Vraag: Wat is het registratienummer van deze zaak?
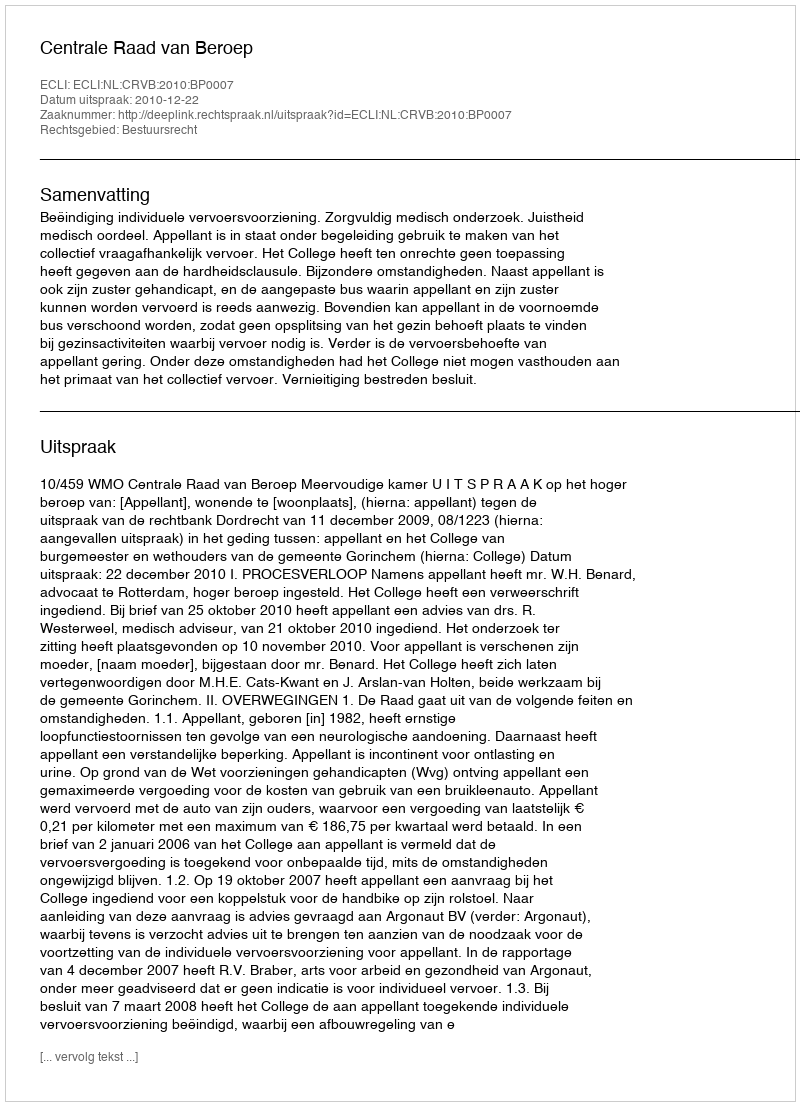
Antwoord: http://deeplink.rechtspraak.nl/uitspraak?id=ECLI:NL:CRVB:2010:BP0007